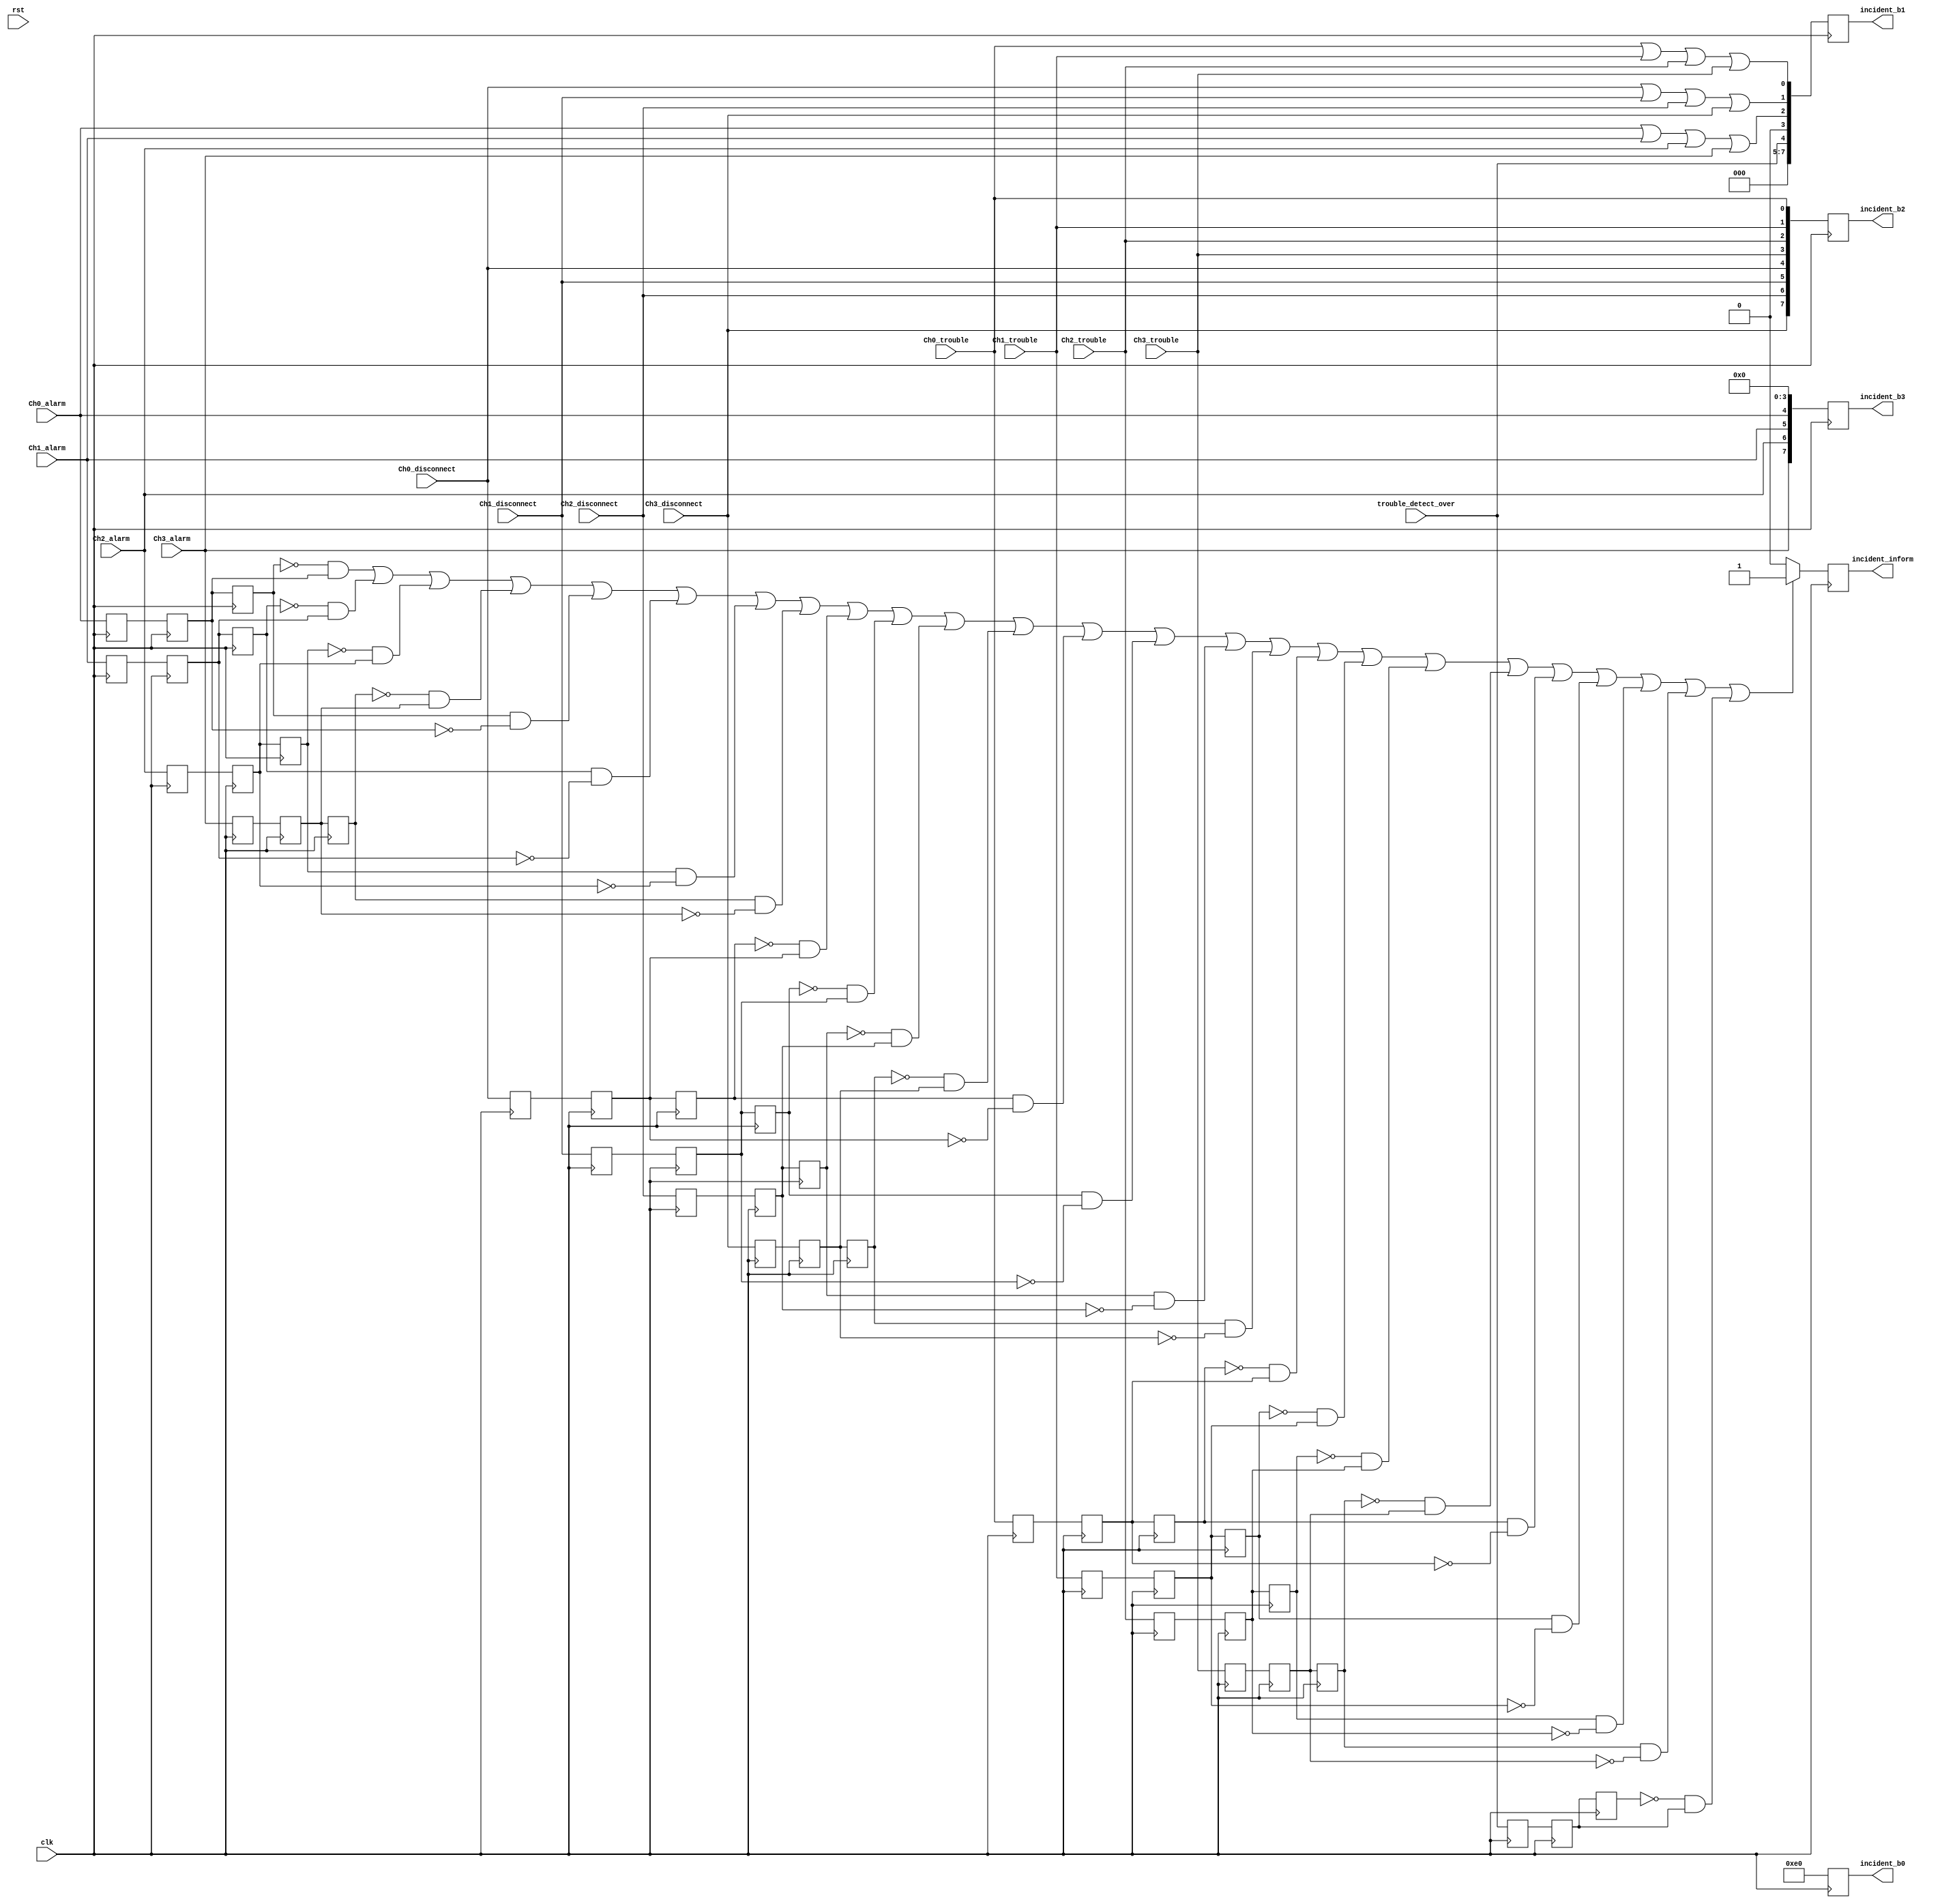
`timescale 1ns / 1ns
module incident_process(
    input clk,rst,
	 
	 input Ch0_alarm,
	 input Ch1_alarm,
	 input Ch2_alarm,
	 input Ch3_alarm,
	 
	 input Ch0_disconnect,
	 input Ch1_disconnect,
	 input Ch2_disconnect,
	 input Ch3_disconnect,
	 
	 input Ch0_trouble,
	 input Ch1_trouble,
	 input Ch2_trouble,
	 input Ch3_trouble,
	 input trouble_detect_over,
	 
	 output reg incident_inform,
	 output reg[7:0]incident_b0,
	 output reg[7:0]incident_b1,
	 output reg[7:0]incident_b2,
	 output reg[7:0]incident_b3
	 
	 );
	 
wire alarm =Ch0_alarm || Ch1_alarm || Ch2_alarm || Ch3_alarm;
wire disconnect = Ch0_disconnect || Ch1_disconnect || Ch2_disconnect || Ch3_disconnect;
wire trouble = Ch0_trouble || Ch1_trouble || Ch2_trouble || Ch3_trouble;
//////////////////////alarm incident
wire pos_Ch0_alarm,neg_Ch0_alarm;
wire pos_Ch1_alarm,neg_Ch1_alarm;
wire pos_Ch2_alarm,neg_Ch2_alarm;
wire pos_Ch3_alarm,neg_Ch3_alarm;

reg Ch0_alarm_r0,Ch0_alarm_r1,Ch0_alarm_r2;
reg Ch1_alarm_r0,Ch1_alarm_r1,Ch1_alarm_r2;
reg Ch2_alarm_r0,Ch2_alarm_r1,Ch2_alarm_r2;
reg Ch3_alarm_r0,Ch3_alarm_r1,Ch3_alarm_r2;

always@(posedge clk)
	begin
		Ch0_alarm_r0<=Ch0_alarm;
		Ch0_alarm_r1<=Ch0_alarm_r0;
		Ch0_alarm_r2<=Ch0_alarm_r1;
		
	   Ch1_alarm_r0<=Ch1_alarm;
		Ch1_alarm_r1<=Ch1_alarm_r0;
		Ch1_alarm_r2<=Ch1_alarm_r1;
		
	   Ch2_alarm_r0<=Ch2_alarm;
		Ch2_alarm_r1<=Ch2_alarm_r0;
		Ch2_alarm_r2<=Ch2_alarm_r1;
		
		Ch3_alarm_r0<=Ch3_alarm;
		Ch3_alarm_r1<=Ch3_alarm_r0;
		Ch3_alarm_r2<=Ch3_alarm_r1;
	end

assign pos_Ch0_alarm=(~Ch0_alarm_r2)&Ch0_alarm_r1;
assign pos_Ch1_alarm=(~Ch1_alarm_r2)&Ch1_alarm_r1;
assign pos_Ch2_alarm=(~Ch2_alarm_r2)&Ch2_alarm_r1;
assign pos_Ch3_alarm=(~Ch3_alarm_r2)&Ch3_alarm_r1;

assign neg_Ch0_alarm=Ch0_alarm_r2&(~Ch0_alarm_r1); 
assign neg_Ch1_alarm=Ch1_alarm_r2&(~Ch1_alarm_r1); 
assign neg_Ch2_alarm=Ch2_alarm_r2&(~Ch2_alarm_r1); 
assign neg_Ch3_alarm=Ch3_alarm_r2&(~Ch3_alarm_r1); 
//////////////////////disconnect incident
wire pos_Ch0_disconnect,neg_Ch0_disconnect;
wire pos_Ch1_disconnect,neg_Ch1_disconnect;
wire pos_Ch2_disconnect,neg_Ch2_disconnect;
wire pos_Ch3_disconnect,neg_Ch3_disconnect;

reg Ch0_disconnect_r0,Ch0_disconnect_r1,Ch0_disconnect_r2;
reg Ch1_disconnect_r0,Ch1_disconnect_r1,Ch1_disconnect_r2;
reg Ch2_disconnect_r0,Ch2_disconnect_r1,Ch2_disconnect_r2;
reg Ch3_disconnect_r0,Ch3_disconnect_r1,Ch3_disconnect_r2;

always@(posedge clk)
	begin
		Ch0_disconnect_r0<=Ch0_disconnect;
		Ch0_disconnect_r1<=Ch0_disconnect_r0;
		Ch0_disconnect_r2<=Ch0_disconnect_r1;
		
	   Ch1_disconnect_r0<=Ch1_disconnect;
		Ch1_disconnect_r1<=Ch1_disconnect_r0;
		Ch1_disconnect_r2<=Ch1_disconnect_r1;
		
	   Ch2_disconnect_r0<=Ch2_disconnect;
		Ch2_disconnect_r1<=Ch2_disconnect_r0;
		Ch2_disconnect_r2<=Ch2_disconnect_r1;
		
		Ch3_disconnect_r0<=Ch3_disconnect;
		Ch3_disconnect_r1<=Ch3_disconnect_r0;
		Ch3_disconnect_r2<=Ch3_disconnect_r1;
	end

assign pos_Ch0_disconnect=(~Ch0_disconnect_r2)&Ch0_disconnect_r1;
assign pos_Ch1_disconnect=(~Ch1_disconnect_r2)&Ch1_disconnect_r1;
assign pos_Ch2_disconnect=(~Ch2_disconnect_r2)&Ch2_disconnect_r1;
assign pos_Ch3_disconnect=(~Ch3_disconnect_r2)&Ch3_disconnect_r1;

assign neg_Ch0_disconnect=Ch0_disconnect_r2&(~Ch0_disconnect_r1); 
assign neg_Ch1_disconnect=Ch1_disconnect_r2&(~Ch1_disconnect_r1); 
assign neg_Ch2_disconnect=Ch2_disconnect_r2&(~Ch2_disconnect_r1); 
assign neg_Ch3_disconnect=Ch3_disconnect_r2&(~Ch3_disconnect_r1); 
//////////////////////trouble incident
wire pos_Ch0_trouble,neg_Ch0_trouble;
wire pos_Ch1_trouble,neg_Ch1_trouble;
wire pos_Ch2_trouble,neg_Ch2_trouble;
wire pos_Ch3_trouble,neg_Ch3_trouble;
wire pos_trouble_detect_over,neg_trouble_detect_over;

reg Ch0_trouble_r0,Ch0_trouble_r1,Ch0_trouble_r2;
reg Ch1_trouble_r0,Ch1_trouble_r1,Ch1_trouble_r2;
reg Ch2_trouble_r0,Ch2_trouble_r1,Ch2_trouble_r2;
reg Ch3_trouble_r0,Ch3_trouble_r1,Ch3_trouble_r2;
reg trouble_detect_over_r0,trouble_detect_over_r1,trouble_detect_over_r2;

always@(posedge clk)
	begin
		Ch0_trouble_r0<=Ch0_trouble;
		Ch0_trouble_r1<=Ch0_trouble_r0;
		Ch0_trouble_r2<=Ch0_trouble_r1;
		
	   Ch1_trouble_r0<=Ch1_trouble;
		Ch1_trouble_r1<=Ch1_trouble_r0;
		Ch1_trouble_r2<=Ch1_trouble_r1;
		
	   Ch2_trouble_r0<=Ch2_trouble;
		Ch2_trouble_r1<=Ch2_trouble_r0;
		Ch2_trouble_r2<=Ch2_trouble_r1;
		
		Ch3_trouble_r0<=Ch3_trouble;
		Ch3_trouble_r1<=Ch3_trouble_r0;
		Ch3_trouble_r2<=Ch3_trouble_r1;
		
		trouble_detect_over_r0<=trouble_detect_over;
		trouble_detect_over_r1<=trouble_detect_over_r0;
		trouble_detect_over_r2<=trouble_detect_over_r1;
	end

assign pos_Ch0_trouble=(~Ch0_trouble_r2)&Ch0_trouble_r1;
assign pos_Ch1_trouble=(~Ch1_trouble_r2)&Ch1_trouble_r1;
assign pos_Ch2_trouble=(~Ch2_trouble_r2)&Ch2_trouble_r1;
assign pos_Ch3_trouble=(~Ch3_trouble_r2)&Ch3_trouble_r1;
assign pos_trouble_detect_over=(~trouble_detect_over_r2)&trouble_detect_over_r1;

assign neg_Ch0_trouble=Ch0_trouble_r2&(~Ch0_trouble_r1); 
assign neg_Ch1_trouble=Ch1_trouble_r2&(~Ch1_trouble_r1); 
assign neg_Ch2_trouble=Ch2_trouble_r2&(~Ch2_trouble_r1); 
assign neg_Ch3_trouble=Ch3_trouble_r2&(~Ch3_trouble_r1); 
//////////////////////trouble incident
always@(posedge clk)
	begin
		if((pos_Ch0_alarm)||(pos_Ch1_alarm)||(pos_Ch2_alarm)||(pos_Ch3_alarm)||
			(neg_Ch0_alarm)||(neg_Ch1_alarm)||(neg_Ch2_alarm)||(neg_Ch3_alarm)||
			(pos_Ch0_disconnect)||(pos_Ch1_disconnect)||(pos_Ch2_disconnect)||(pos_Ch3_disconnect)||
			(neg_Ch0_disconnect)||(neg_Ch1_disconnect)||(neg_Ch2_disconnect)||(neg_Ch3_disconnect)||
			(pos_Ch0_trouble)||(pos_Ch1_trouble)||(pos_Ch2_trouble)||(pos_Ch3_trouble)||
			(neg_Ch0_trouble)||(neg_Ch1_trouble)||(neg_Ch2_trouble)||(neg_Ch3_trouble)||(pos_trouble_detect_over))
			incident_inform<=1;
		else incident_inform<=0;  
		incident_b0<=8'hE0;
		incident_b1<={3'b0,trouble_detect_over,1'b0,alarm,disconnect,trouble};
		incident_b2<={Ch3_disconnect,Ch2_disconnect,Ch1_disconnect,Ch0_disconnect,Ch3_trouble,Ch2_trouble,Ch1_trouble,Ch0_trouble};
		incident_b3<={Ch3_alarm,Ch2_alarm,Ch1_alarm,Ch0_alarm,4'b0};
	end
	
endmodule